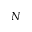
N